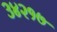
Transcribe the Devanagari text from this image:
३४२१७